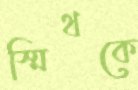
স্মিথকে